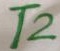
Text: T2